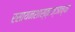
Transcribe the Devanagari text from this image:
रसायनशास्त्रज्ञाच्या